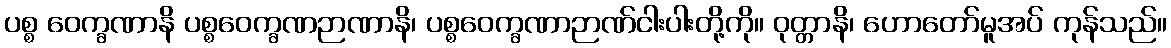
ပစ္စ ဝေက္ခဏာနိ ပစ္စဝေက္ခဏဉာဏာနိ၊ ပစ္စဝေက္ခဏာဉာဏ်ငါးပါးတို့ကို။ ဝုတ္တာနိ၊ ဟောတော်မူအပ် ကုန်သည်။